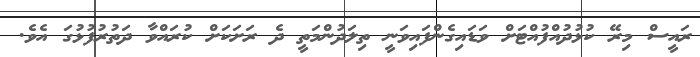
ރައީސް މިރޭ ކުޅުދުއްފުއްޓަށް ވަޑައިގެންފައިވަނީ ތިލަދުންމަތީ ދެ ރަށަކަށް ކުރައްވާ ދަތުރުފުޅުގަ އެވެ.